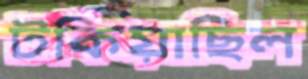
টকিয়াছিল